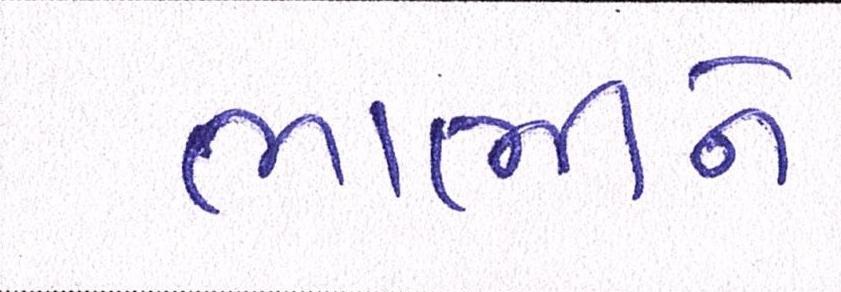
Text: ભાભીને